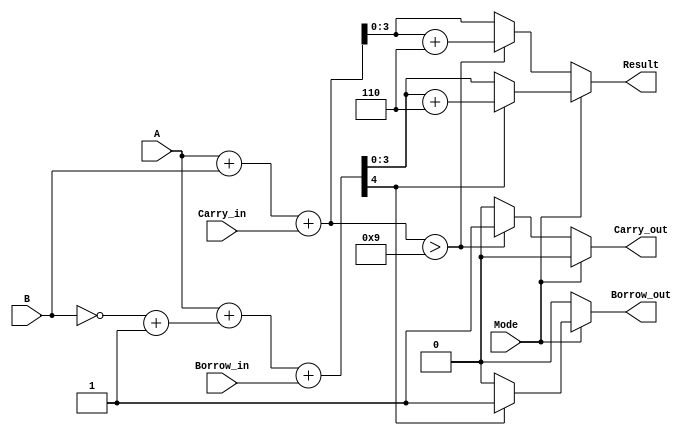
module BCD_Add_Subtracter (
    input  wire [3:0] A,          // First BCD digit
    input  wire [3:0] B,          // Second BCD digit
    input  wire Mode,             // Mode: 0 for addition, 1 for subtraction
    input  wire Carry_in,         // Carry input for addition
    input  wire Borrow_in,        // Borrow input for subtraction
    output reg  [3:0] Result,     // Result BCD digit
    output reg  Carry_out,        // Carry output for addition
    output reg  Borrow_out        // Borrow output for subtraction
);

    wire [4:0] Sum;               // 5-bit sum for addition
    wire [4:0] Sub;               // 5-bit result for subtraction
    wire [3:0] B_comp;            // Two's complement of B for subtraction

    // Two's complement of B for subtraction
    assign B_comp = ~B + 4'b0001;

    // Perform addition
    assign Sum = A + B + Carry_in;

    // Perform subtraction
    assign Sub = A + B_comp + Borrow_in;

    always @(*) begin
        if (Mode == 1'b0) begin // Addition
            if (Sum > 4'b1001) begin
                Result = Sum + 4'b0110; // BCD correction
                Carry_out = 1'b1;        // Set carry out
            end else begin
                Result = Sum[3:0];      // Valid BCD result
                Carry_out = 1'b0;       // No carry out
            end
            Borrow_out = 1'b0; // No borrow in addition
        end else begin // Subtraction
            if (Sub[4] == 1'b1) begin // Check if result is negative
                Result = Sub + 4'b0110; // BCD correction
                Borrow_out = 1'b1;      // Set borrow out
            end else begin
                Result = Sub[3:0];      // Valid BCD result
                Borrow_out = 1'b0;      // No borrow out
            end
            Carry_out = 1'b0; // No carry in subtraction
        end
    end

endmodule